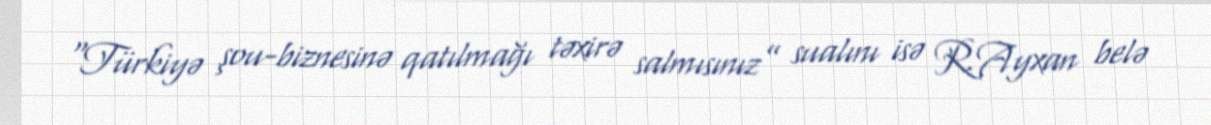
“Türkiyə şou-biznesinə qatılmağı təxirə salmısınız” sualını isə R.Ayxan belə